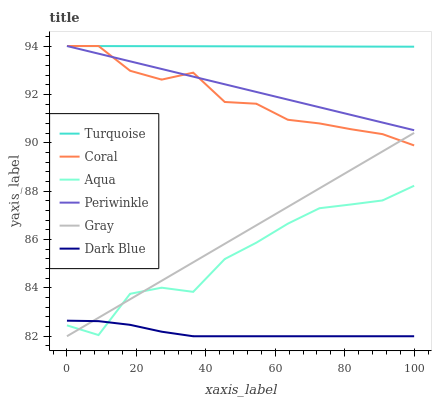
| xaxis_label | Turquoise | Coral | Aqua | Periwinkle | Gray | Dark Blue |
 | --- | --- | --- | --- | --- | --- | --- |
 | 0 | 94 | 94 | 82.5 | 94 | 82 | 82.6 |
 | 9.09 | 94 | 94 | 82 | 93.7 | 82.8 | 82.6 |
 | 18.2 | 94 | 93 | 83.8 | 93.4 | 83.5 | 82.5 |
 | 27.3 | 94 | 92.6 | 84 | 93.1 | 84.3 | 82.2 |
 | 36.4 | 94 | 92.9 | 83.8 | 92.7 | 85.1 | 82 |
 | 45.5 | 94 | 91.7 | 85.2 | 92.4 | 85.8 | 82 |
 | 54.5 | 94 | 91.6 | 85.9 | 92.1 | 86.6 | 82 |
 | 63.6 | 94 | 91 | 86.7 | 91.8 | 87.4 | 82 |
 | 72.7 | 94 | 90.8 | 87.3 | 91.5 | 88.1 | 82 |
 | 81.8 | 94 | 90.6 | 87.4 | 91.2 | 88.9 | 82 |
 | 90.9 | 94 | 90.4 | 87.6 | 90.8 | 89.6 | 82 |
 | 100 | 94 | 89.9 | 88.2 | 90.5 | 90.4 | 82 |